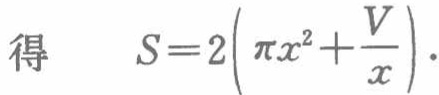
得\(S = 2\left(\pi x^{2}+\frac{V}{x}\right)\).